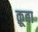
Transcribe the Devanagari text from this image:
क़ूबा